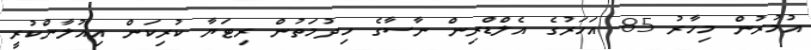
އުމުރުން މިހާރު 85 އަހަރުގެ އެލްޑްރިން ނާސާގެ ހިދުމަތުން ރިޓަޔާ ކުރިކަން އިއުލާންކުރީ